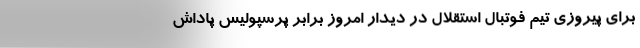
برای پیروزی تیم فوتبال استقلال در دیدار امروز برابر پرسپولیس پاداش